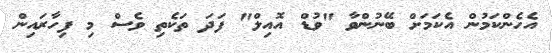
އެހެންކަމުން އެކަމަށް ބޭނުންވާ "ވުޑް އޮއިލް" ފަދަ ތަކެތި ވެސް މި ފިހާރައިން